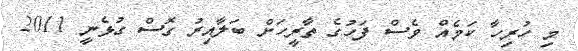
މި ހުރިހާ ކަމެއް ވެސް ފަހުގެ ތާރީހަށް ބަލާއިރު ގޮސް ގުޅެނީ 2011